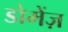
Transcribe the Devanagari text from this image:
डोमेंज़